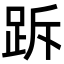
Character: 跅